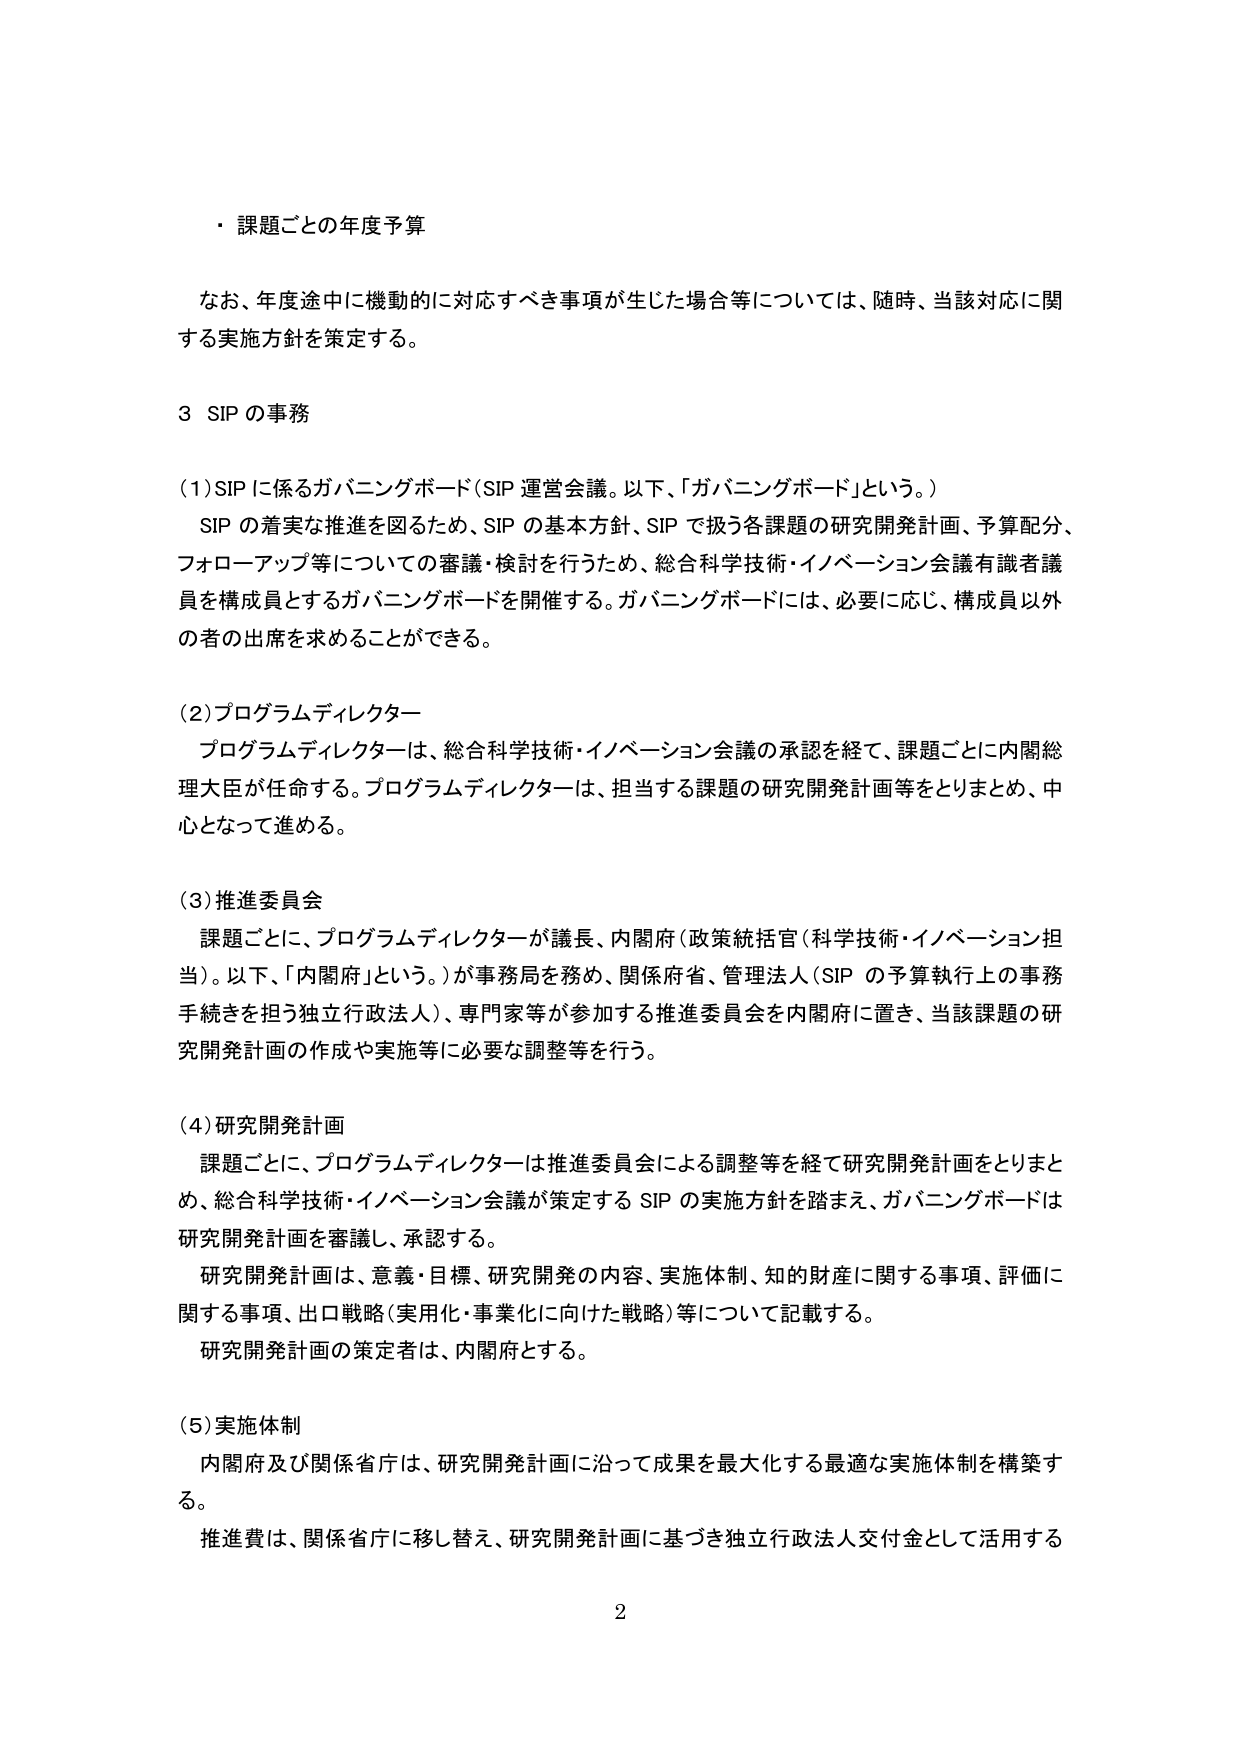
・課題ごとの年度予算

なお、年度途中に機動的に対応すべき事項が生じた場合等については、随時、当該対応に関する実施方針を策定する。

3 SIP の事務

(1) SIP に係るガバニングボード（SIP 運営会議。以下、「ガバニングボード」という。）
　SIP の着実な推進を図るため、SIP の基本方針、SIP で扱う各課題の研究開発計画、予算配分、フォローアップ等についての審議・検討を行うため、総合科学技術・イノベーション会議有識者議員を構成員とするガバニングボードを開催する。ガバニングボードには、必要に応じ、構成員以外の者の出席を求めることができる。

(2) プログラムディレクター
　プログラムディレクターは、総合科学技術・イノベーション会議の承認を経て、課題ごとに内閣総理大臣が任命する。プログラムディレクターは、担当する課題の研究開発計画等をとりまとめ、中心となって進める。

(3) 推進委員会
　課題ごとに、プログラムディレクターが議長、内閣府（政策統括官（科学技術・イノベーション担当）。以下、「内閣府」という。）が事務局を務め、関係府省、管理法人（SIP の予算執行上の事務手続きを担う独立行政法人）、専門家等が参加する推進委員会を内閣府に置き、当該課題の研究開発計画の作成や実施等に必要な調整等を行う。

(4) 研究開発計画
　課題ごとに、プログラムディレクターは推進委員会による調整等を経て研究開発計画をとりまとめ、総合科学技術・イノベーション会議が策定する SIP の実施方針を踏まえ、ガバニングボードは研究開発計画を審議し、承認する。
　研究開発計画は、意義・目標、研究開発の内容、実施体制、知的財産に関する事項、評価に関する事項、出口戦略（実用化・事業化に向けた戦略）等について記載する。
　研究開発計画の策定者は、内閣府とする。

(5) 実施体制
　内閣府及び関係省庁は、研究開発計画に沿って成果を最大化する最適な実施体制を構築する。
　推進費は、関係省庁に移し替え、研究開発計画に基づき独立行政法人交付金として活用する

2